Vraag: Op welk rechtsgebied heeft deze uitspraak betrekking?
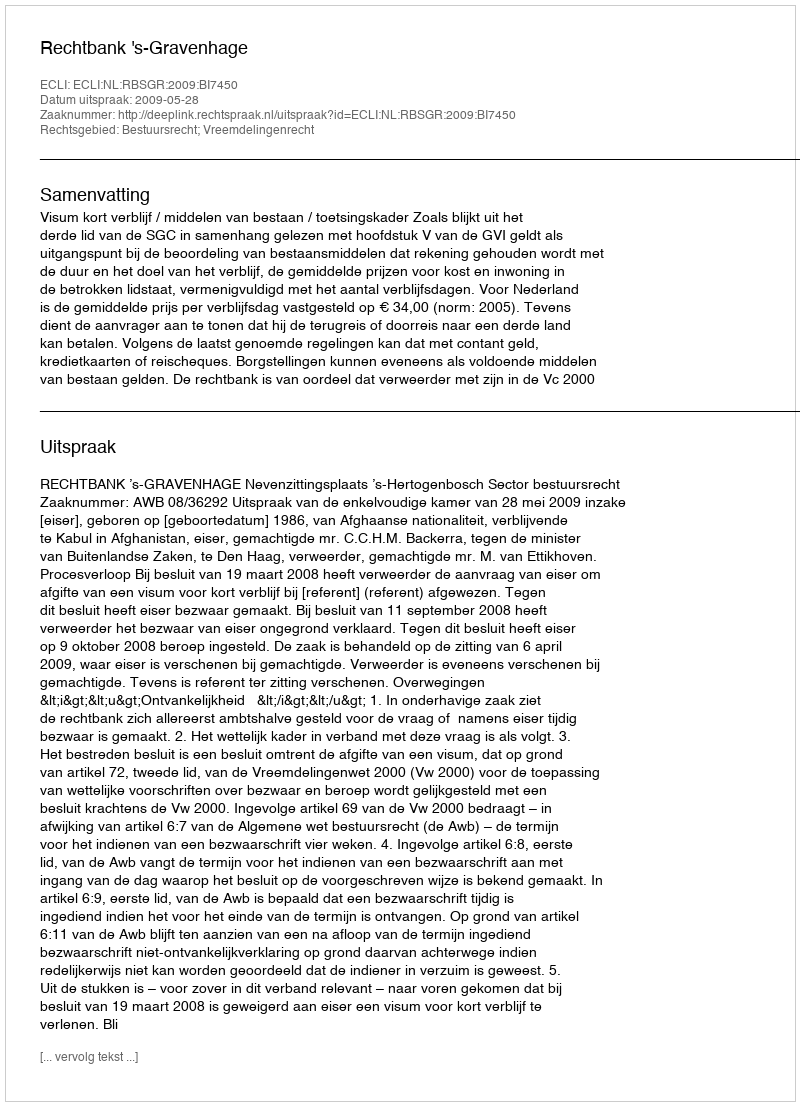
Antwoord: Bestuursrecht; Vreemdelingenrecht